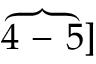
\overbrace { 4 \mathrm { ~ - ~ } 5 } ]